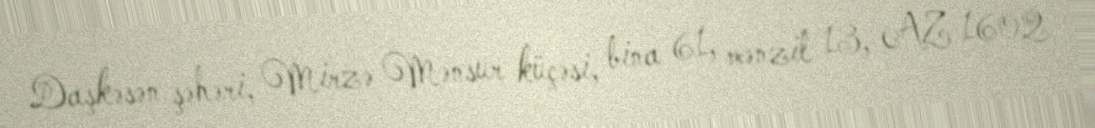
Daşkəsən şəhəri, Mirzə Mənsur küçəsi, bina 61, mənzil 13, AZ 1602